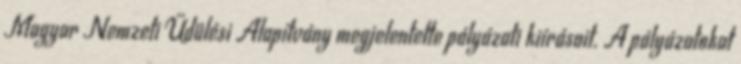
Magyar Nemzeti Üdülési Alapítvány megjelentette pályázati kiírásait. A pályázatokat